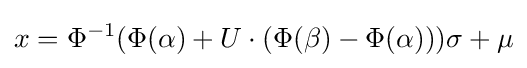
x=\Phi ^{-1}(\Phi (\alpha )+U\cdot (\Phi (\beta )-\Phi (\alpha )))\sigma +\mu